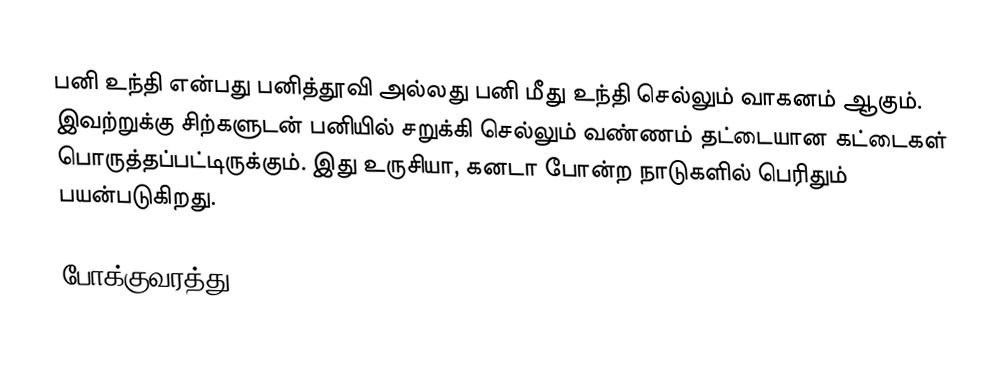
பனி உந்தி என்பது பனித்தூவி அல்லது பனி மீது உந்தி செல்லும் வாகனம் ஆகும்.  இவற்றுக்கு சிற்களுடன் பனியில் சறுக்கி செல்லும் வண்ணம் தட்டையான கட்டைகள் பொருத்தப்பட்டிருக்கும்.  இது உருசியா, கனடா போன்ற நாடுகளில் பெரிதும் பயன்படுகிறது.

போக்குவரத்து